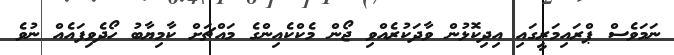
ނަމަވެސް ޕްރައިމަރީގައި އިދިކޮޅުން ވާދަކުރެއްވި ޖޯން މެކްކެއިންގެ މައްޗަށް ކާމިޔާބު ހޯދެވިފައެއް ނުވެ